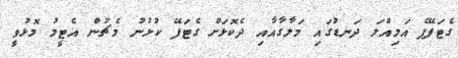
ގެޓަފޭފެ އަމިއްލަ ދަނޑުގައި މަލާގާއާއި ދެކޮޅަށް ގެޓަފޭ ކުޅުނު މެޗުން އެޓީމު މޮޅުވީ